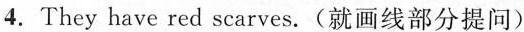
4.They have red scarves.(就画线部分提问)